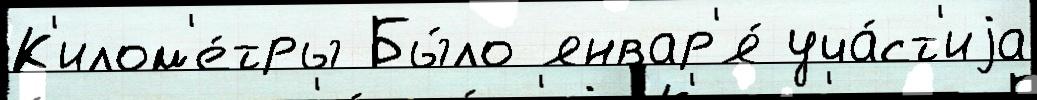
К'илом'е́тры Бы́ло январ'я́ уча́ст'иjа